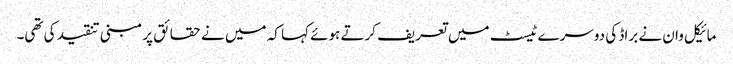
مائیکل وان نے براڈ کی دوسرے ٹیسٹ میں تعریف کرتے ہوئے کہا کہ میں نے حقائق پر مبنی تنقید کی تھی۔